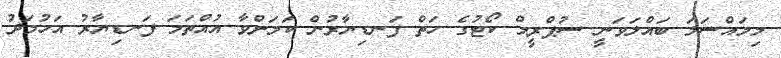
މިމައްސަލަ ބައްލަވަނީ ސުޕްރީމް ކޯޓުގެ ހަތް ފަނޑިޔާރުން ކަމަށްވާ އުއްތަމަ ފަނޑިޔާރު އަހުމަދު